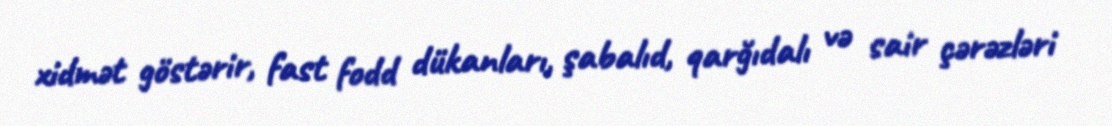
xidmət göstərir, fast fodd dükanları, şabalıd, qarğıdalı və sair çərəzləri